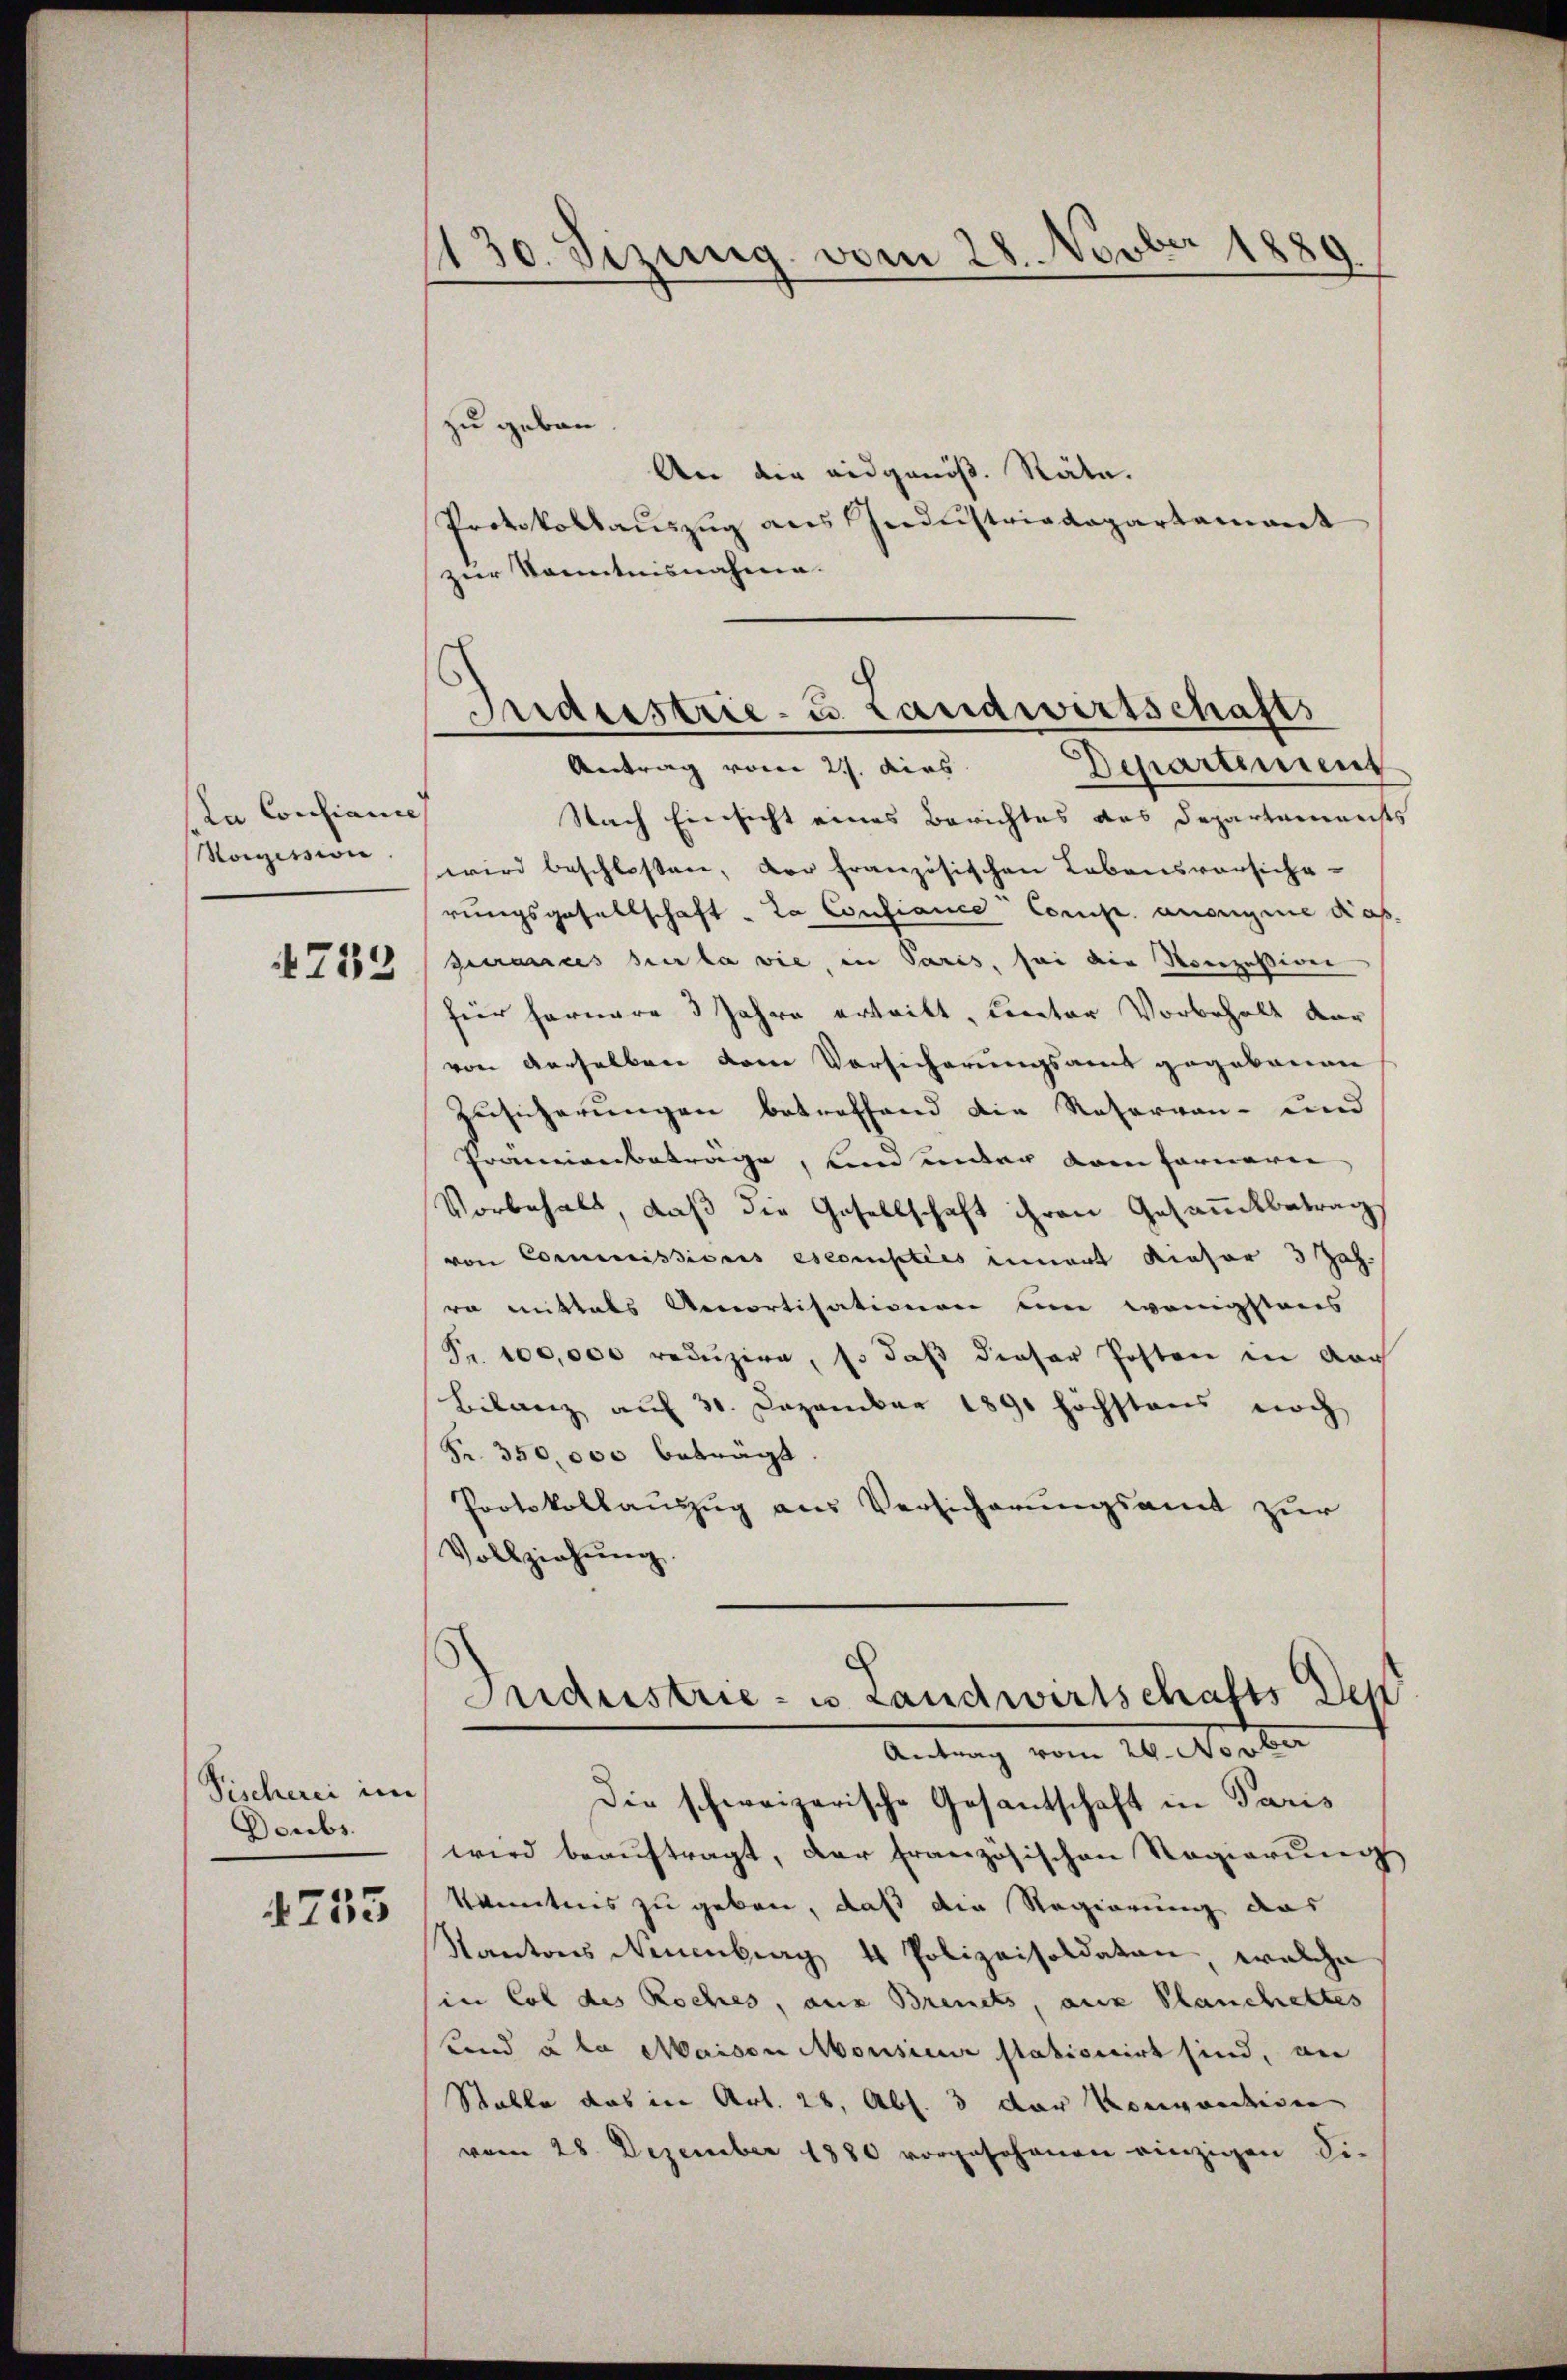
La Confiance
Voizission

733

Pischerei im
Doubs.

753

430. Sizung vom 28. Novber 1889

zu geben
An die eidgenöß. Räte.
Protokollauszug aus Industriedepartament
zur Kenntnisnahme.

Nach Einsicht eines Berichtes des Departements
wird beschlossen, der französischen Lebensvorsiche-
rungsgesellschaft . La Confiance Comp. auseigne Kas
surances sur la vie, in Paris, sei die Nonzession
für hernare 3 Jahre ertritt, Curator Vorbehalt dar
von derselben dem Vorsicherungsamt gegebenen
Zusicherungen betreffend die Reservan- und
Franzanbetrage, und unter vom Ferneren
Vorbehalt, daß der Gesellschaft ihren Gesammtbetrag
von Commissionis esconsties innert dieser 3 Jah-
ra mittals Amortisationen um wenigstens
Fr. 100,000 reduzire, so daß dieser Posten in doch
Bilanz auf 30. Dezember 1890 höchstens noch
Fr. 350,000 beträgt.
Protokollauszug aus Versicherungsamt zur
Vollziehŭng.
Sudustrie- u. Landwirtschafts Dep
Antrag vom 24. Vorbe
Die schweizerische Gesantschaft in Paris
wird beaŭftragt, der französischen Regierŭng
kanntens zu geben, daß die Regierung des
Kantons Neuenburg 4 Polizeisoldaten, welche
in Col des Roches, aus Brents, aus Planchettes
kind u. da Maisen Monsieur stabisicirt sind, an
Stalle das in Art. 28, Abs. 3 der Konvention
vom 28. Dezember 1880 vorgesehenen einzigen Si-

Indeestrie- u. Landwirtschafts
5
Antrag vom 2. dies
Departement